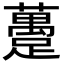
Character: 躉